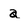
Character: a